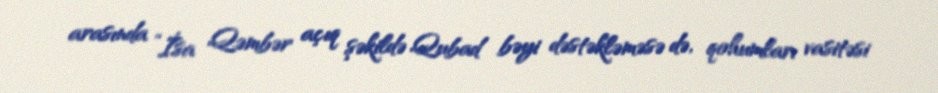
arasında ”İsa Qəmbər açıq şəkildə Qubad bəyi dəstəkləməsə də, qohumları vasitəsi